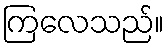
ကြလေသည်။